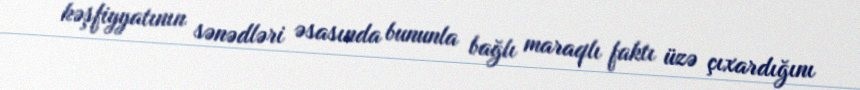
kəşfiyyatının sənədləri əsasında bununla bağlı maraqlı faktı üzə çıxardığını